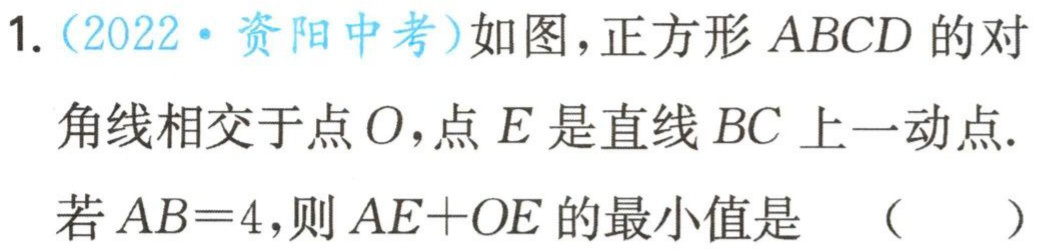
1.（2022·资阳中考）如图，正方形 \(ABCD\) 的对

角线相交于点 \(O\)，点 \(E\) 是直线 \(BC\) 上一动点.

若 \(AB = 4\)，则 \(AE + OE\) 的最小值是 （  ）